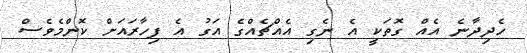
ހެދިދާނެ އެއް ގޮތަކީ އެ ނެގި އެއްޗެއްގެ އަގު އެ ފިހާރައަށް ކޮންމެވެސް